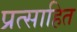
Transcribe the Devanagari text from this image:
प्रत्साहित